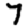
Digit: 7